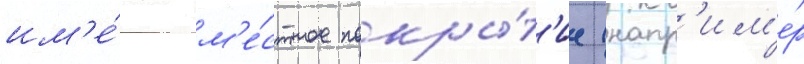
им'е́ют м'е́стное покры́т'ие (напр'им'е́р